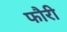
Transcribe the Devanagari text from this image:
फौरी